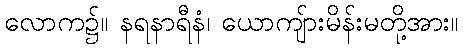
လောက၌။ နရနာရီနံ၊ ယောကျ်ားမိန်းမတို့အား။